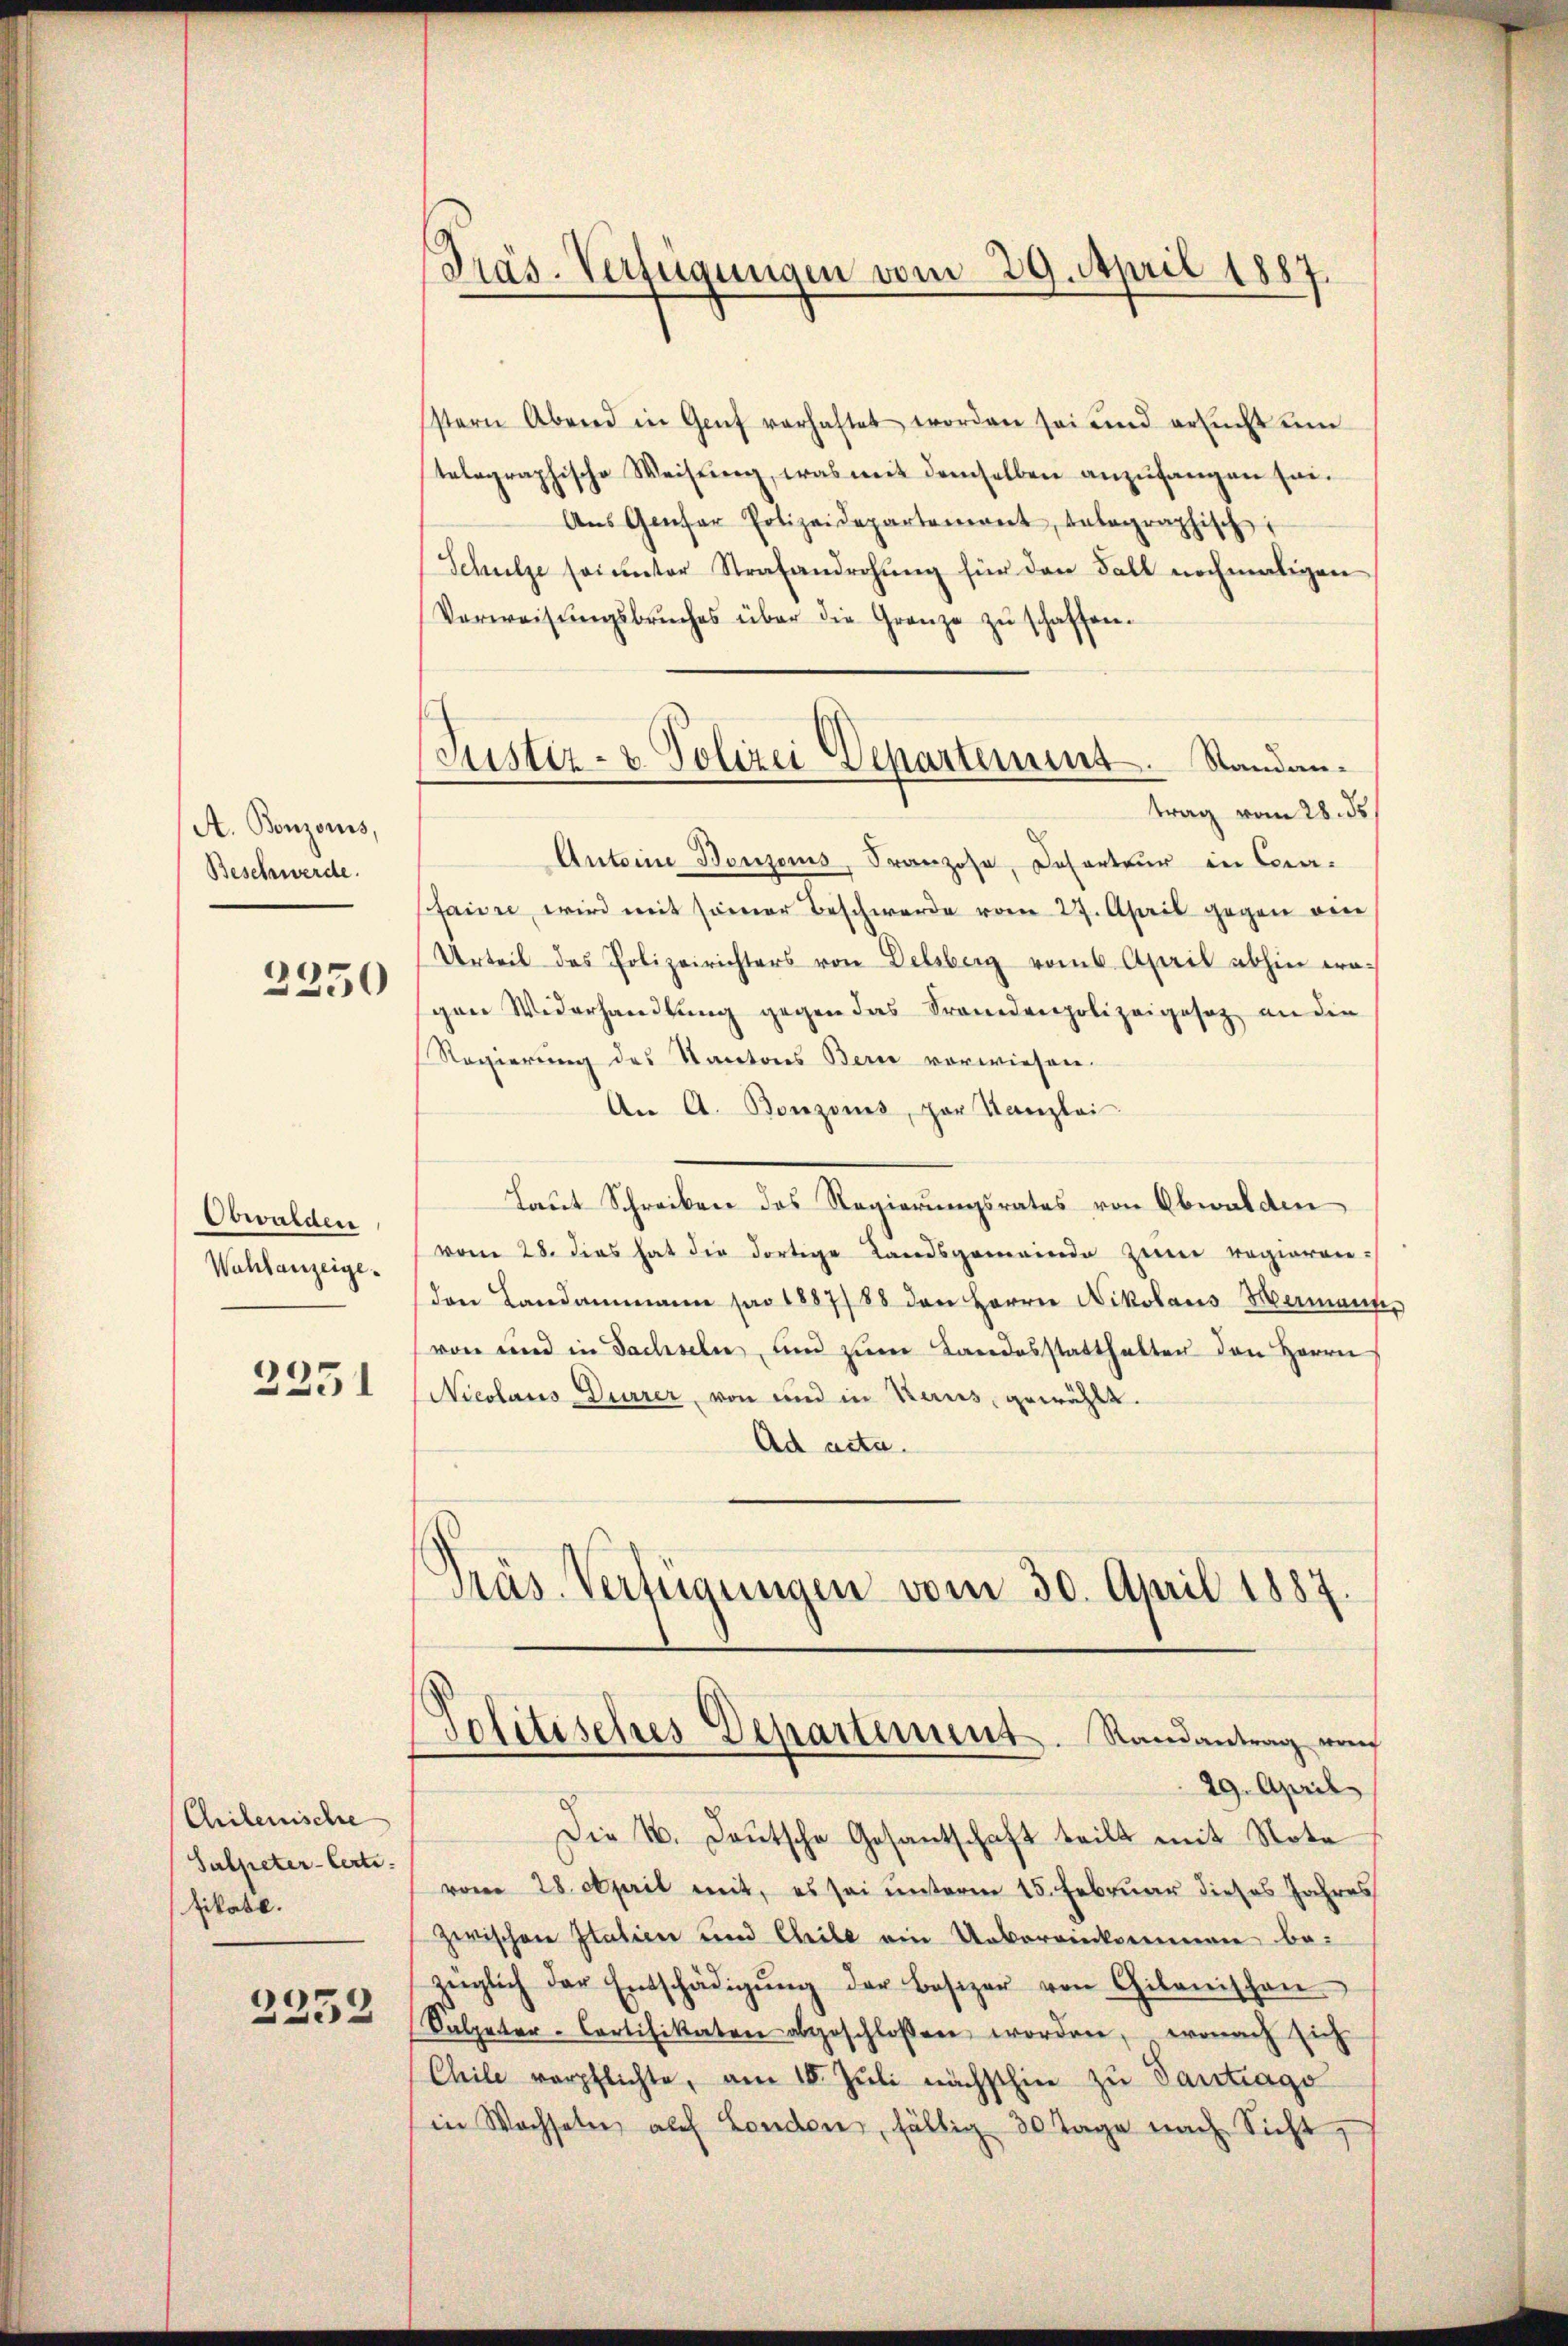
A. Bonzonis,
Beschwerde.

2250

Obwalden
Wahlanzeige.

2251

Chilenische
Salpeter-Certi
fikate.
2352

Präs. Verfügungen vom 29. April 1887

(Justiz- & Polizei Departement. Standantrag vom 28. ds

stern Abend in Genf verhaftet worden sei und ereicht um
telographische Weisung, was mit demselben anzufangen sei.
Aŭs Genfer Polizeidepartemont, unbegraphisch
Schulze sei ŭnter Strafandrohŭng für den Fall nochmaligen
Verweisŭngsbrŭches über die Grenze zŭ schaffen.
Antoine Bonzonus, Franzose, Deserteur in Cora-
Pfaire, wird mit seiner Beschwerde vom 27. April gegen ein
Urteil des Polizeirichters von Delsberg vom 6. April abhin eragen Widerhandlung gegen das Fremdenpolizeigesez an die
Regierung des Kantons Berie vorwiesen.
An A. Bonzonis, par Kanzlei
Laut Schreiben des Regierungsrates von Obwalden
vom 28. dies hat die dortige Landsgemeinde zum regierenden Landammann pro 1887/88 den Herrn Nikolaus Hermann,
von und in Sachseln und zum Landosstatthalter den Herrn
Nicolaus Dürrer, von und in Kerus, gewählt.
Ad acta.
Präs. Verfügungen vom 30. April 1887.

Solitisches Departement. Randantrag noch
29. April

Die 4. Deutsche Gesantschaft teilt mit Note
vom 28. April mit, es sei unterm 15. Februar dieses Jahres
zwischen Italien und Cheile ein Uebereinkommen be-
züglich der Entschädigŭng der Besizer von Gibanischen
Salpeter-Cortifikaten abgeschlossen worden, wonach sich
Chile verpflichte, am 18. Jŭli nächsthin zu Pantrago
in Wachseln auf London, fällig 30 Tage nach Sicht,